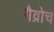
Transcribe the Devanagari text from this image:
गैव्रोच